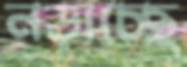
নড়াচ্ছে